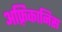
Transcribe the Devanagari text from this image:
अफ़्रिकानिस